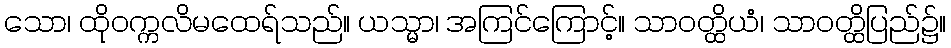
သော၊ ထိုဝက္ကလိမထေရ်သည်။ ယသ္မာ၊ အကြင်ကြောင့်။ သာဝတ္ထိယံ၊ သာဝတ္ထိပြည်၌။